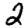
Digit: 2